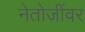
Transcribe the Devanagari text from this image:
नेतोजींवर